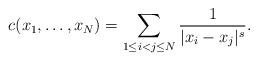
LaTeX: \begin{align*}c(x_1,\dots,x_N) = \sum_{1\leq i<j\leq N} \dfrac{1}{\vert x_i - x_j\vert^{s}}.\end{align*}